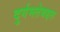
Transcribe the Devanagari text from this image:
दुर्गमतेबद्दल